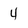
Character: 4